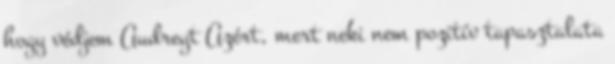
hogy védjem Audreyt Azért, mert neki nem pozitív tapasztalata